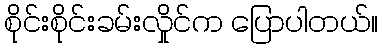
စိုင်းစိုင်းခမ်းလှိုင်က ပြောပါတယ်။